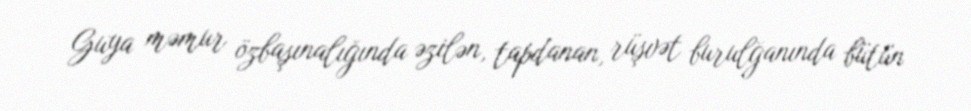
Guya məmur özbaşınalığında əzilən, tapdanan, rüşvət burulğanında bütün